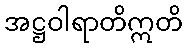
အဋ္ဌဝါရာတိဣတိ